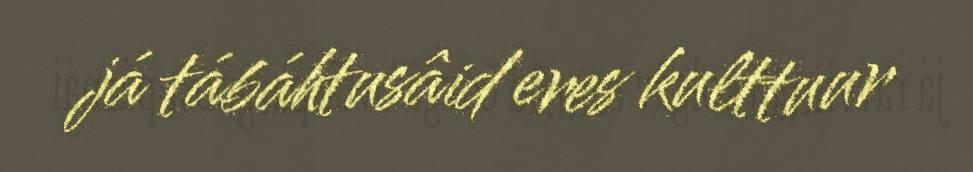
já tábáhtusâid eres kulttuur